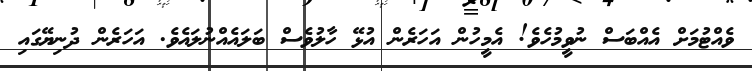
ވެއްޓުމަށް އެއްބަސް ނުވީމުހެވެ! އެމީހުން އަހަރެން އުޅޭ ހާލުވެސް ބަލައެއްނުލައެވެ. އަހަރެން ދުނިޔޭގައި